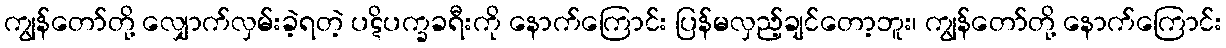
ကျွန်တော်တို့ လျှောက်လှမ်းခဲ့ရတဲ့ ပဋိပက္ခခရီးကို နောက်ကြောင်း ပြန်မလှည့်ချင်တော့ဘူး၊ ကျွန်တော်တို့ နောက်ကြောင်း